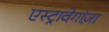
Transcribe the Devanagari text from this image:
एस्ट्रावेगांज़ा